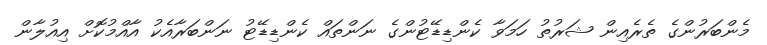
މެންބަރުންގެ ތެރެއިން ޝަރުތު ހަމަވާ ކެންޑިޑޭޓުންގެ ނަންތައް ކެންޑިޑޭޓު ނަންބަރާއެކު އާއްމުކޮށް އިއުލާން